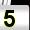
Digit: 5